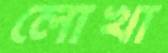
লোখা